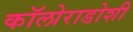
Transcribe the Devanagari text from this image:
कॉलोराडोशी